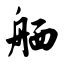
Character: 舾